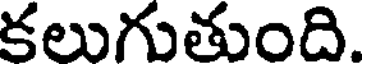
కలుగుతుంది.